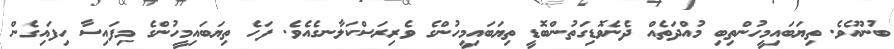
ބުނޫއެވެ. ތިޔަބައިމީހުންތިބި މުއްދަތެއް ދެނެވޮޑިގަތުންބޮޑީ ތިޔަބައިމީހުންގެ ވެރިރަސްކަލާނގެއެވެ. ފަހެ ތިޔަބައިމީހުންގެ މިފައިސާ ހިފައިގެން